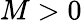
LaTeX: M>0